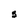
Character: S